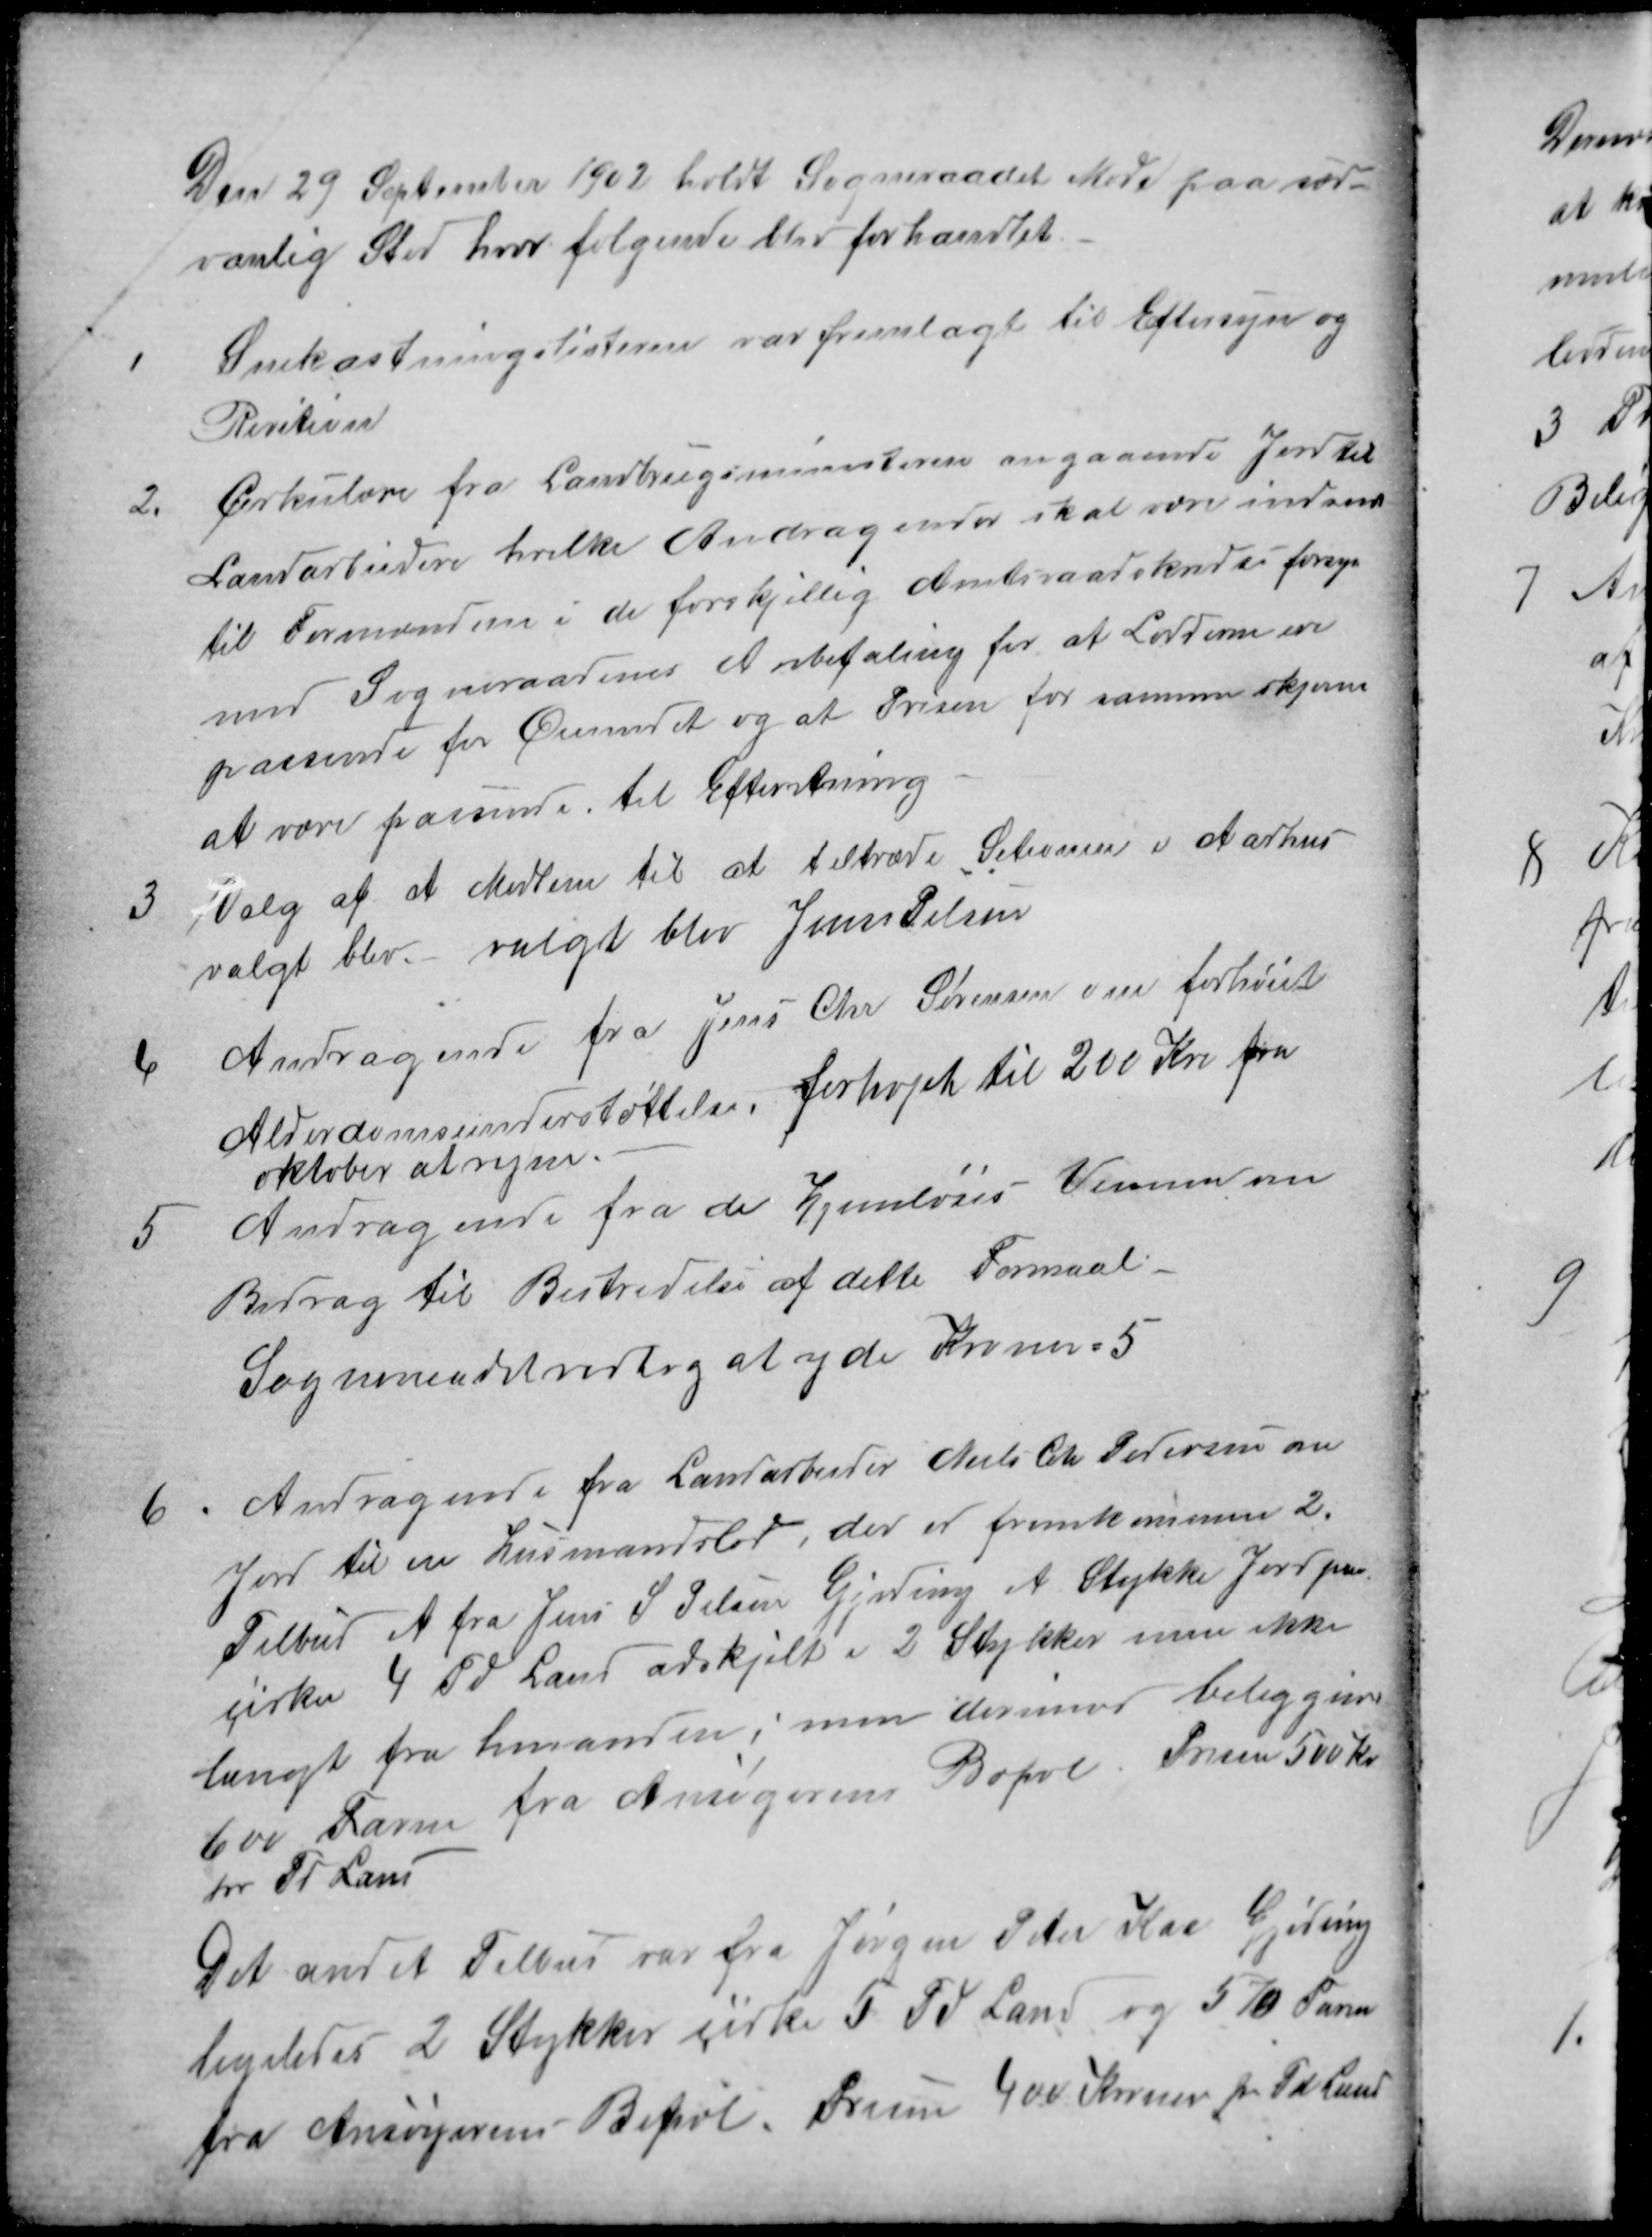
Transskription:
Den 29 September 1902 holdt Sogneraadet Møde paa sæd-
vanlig Sted, hvor følgende blev forhandlet.
1
Snekastningslisterne var fremlagt til Eftersyn og
Revition
2.
Cirkulære fra Landbrugsministeren angaaende Jord til
Landarbeidere hvilke Andragender skal være indsendt
til Formændene i de forskjellig Amtsraadskredse forsyn
med Sogneraadenes Anbefaling for at Lodderne ere
passende for Øiemedet og at Prisen for samme skjønnes
at være passende. til Efterretning
3
Valg af et Medlem til at tiltræde Setionen i Aarhus
valgt blev
valgt blev Jens Pelsen
4
Andragende fra Jens Chr Sørensen om forhøiet
Alderdomsunderstøttelse, forhøjet til 200 Kr. fra
oktober at regne.
5
Andragende fra de Hjemløses Venner om
Bidrag til Bestridelse af dette Formaal
Sogneraadet vedtog at yde Kroner = 5
6
Andragende fra Landarbeider Niels Chr Pedersen om
Jord til en Husmandslod, der er fremkommen 2.
Tilbud et fra Jens S Pelsen Gjeding et Stykke Jord paa
cirka 4 Td Land adskjilt i 2 Stykker men ikke
langt fra hinanden; men derimod beliggende
600 Favne fra Ansøgerens Bopæl. Prisen 500 Kr
pr Td Land
Det andet Tilbud var fra Jørgen Peter Kaa Gjeding
ligeledes 2 Stykker cirka 5 Td Land og 570 Favne
fra Ansøgerens Bepæl. Prisen 400 Kroner pr Td Land